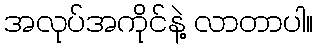
အလုပ်အကိုင်နဲ့ လာတာပါ။